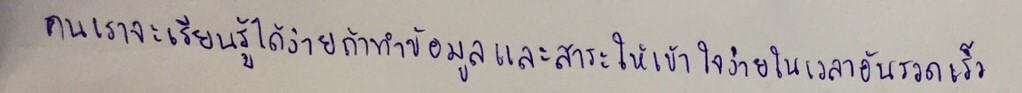
คนเราจะเรียนรู้ได้ง่ายถ้าทำข้อมูลและสาระให้เข้าใจง่ายในเวลาอันรวดเร็ว